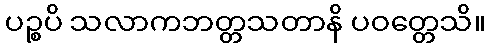
ပဉ္စပိ သလာကဘတ္တသတာနိ ပဝတ္တေသိ။